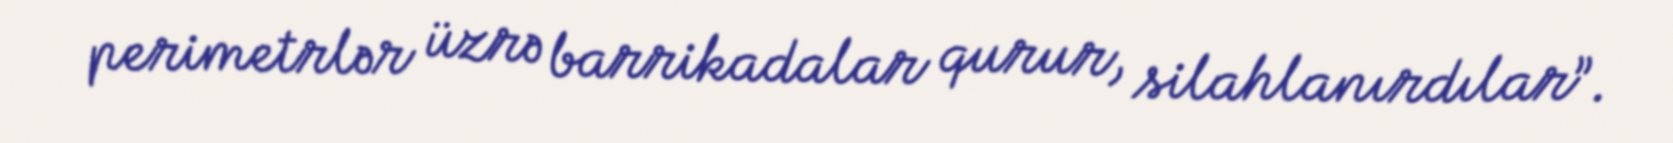
perimetrlər üzrə barrikadalar qurur, silahlanırdılar”.